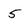
Character: 5